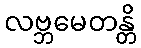
လဗ္ဘမေတန္တိ